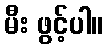
မီး ဖွင့်ပါ။